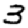
Digit: 3